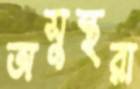
অসুস্থরা